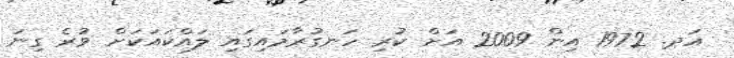
އަދ. 1972 އިން 2009 އަށް ކުރި ހަނގުރާމައިގައި ލައްކައަކަށް ވުރެ ގިނަ